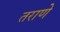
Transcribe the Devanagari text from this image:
तराणे